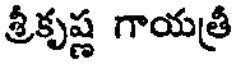
శ్రీకృష్ణ గాయత్రీ